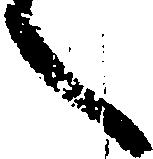
へ